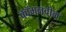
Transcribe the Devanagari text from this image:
कॉमनवील